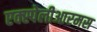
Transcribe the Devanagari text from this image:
एक्स्पेलीआरमस